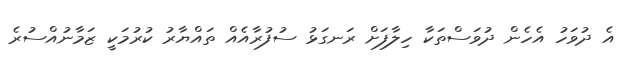
އެ ދުވަހު އެހެން ދުވަސްތަކާ ހިލާފަށް ރަނގަޅު ސުފުރާއެއް ތައްޔާރު ކުރުމަކީ ޒަމާނުއްސުރެ